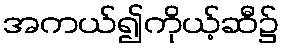
အကယ်၍ကိုယ့်ဆီ၌